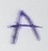
Text: A